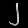
Digit: ၂